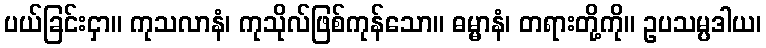
ပယ်ခြင်းငှာ။ ကုသလာနံ၊ ကုသိုလ်ဖြစ်ကုန်သော။ ဓမ္မာနံ၊ တရားတို့ကို။ ဥပသမ္ပဒါယ၊